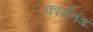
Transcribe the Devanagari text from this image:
कार्यतंत्र